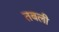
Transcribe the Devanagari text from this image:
तबली